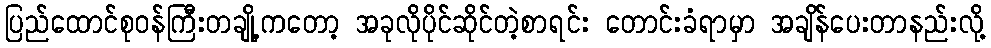
ပြည်ထောင်စုဝန်ကြီးတချို့ကတော့ အခုလိုပိုင်ဆိုင်တဲ့စာရင်း တောင်းခံရာမှာ အချိန်ပေးတာနည်းလို့